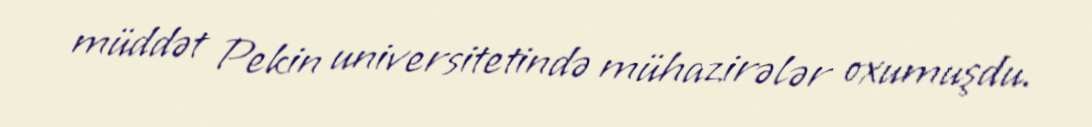
müddət Pekin universitetində mühazirələr oxumuşdu.